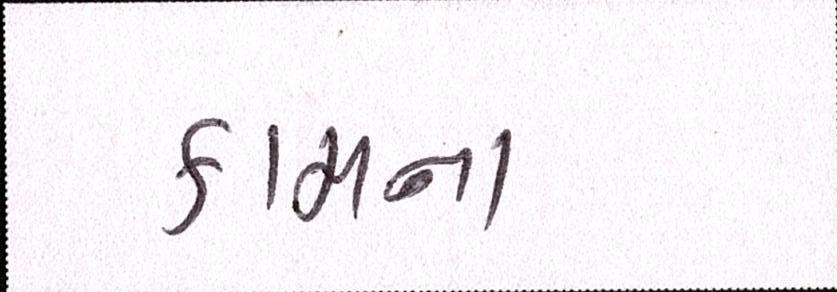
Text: કામના